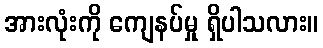
အားလုံးကို ကျေနပ်မှု ရှိပါသလား။